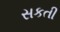
સકતી